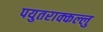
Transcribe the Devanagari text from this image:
पयुतराक्कल्लु